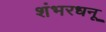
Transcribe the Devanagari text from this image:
शंभरधनू